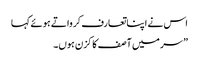
اس نے اپنا تعارف کرواتے ہوئے کہا
” سر میں آصف کا کزن ہوں۔